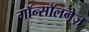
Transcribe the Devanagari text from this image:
गॉन्सॉलनेज़